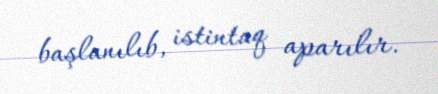
başlanılıb, istintaq aparılır.